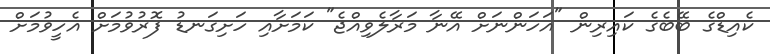
ކެއިޑްގެ ބޭބެގެ ކައިރިން "އަހަންނަށް އޭނާ މަރާލެވިއްޖެ" ކަމަށާއި ހަށިގަނޑު ފޮރުވުމަށް އެހީވުމަށް